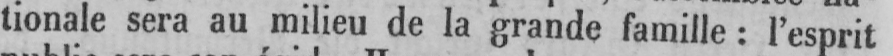
tionale sera au milieu de la grande famille: l’esprit